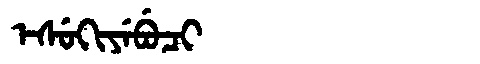
Manchu: ᡝᠰᡠᡴᡳᠶᡝᠪᡠᠴᡳ
Romanization: ESUKIYEBUCI